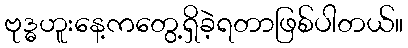
ဗုဒ္ဓဟူးနေ့ကတွေ့ရှိခဲ့ရတာဖြစ်ပါတယ်။